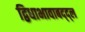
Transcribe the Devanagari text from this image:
द्विधाभावाबद्द्ल